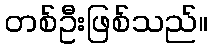
တစ်ဦးဖြစ်သည်။